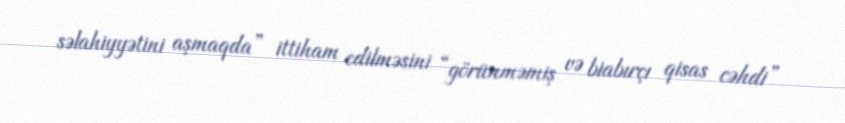
səlahiyyətini aşmaqda” ittiham edilməsini “görünməmiş və biabırçı qisas cəhdi”